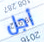
أجل